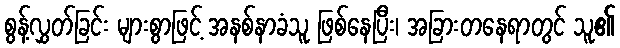
စွန့်လွှတ်ခြင်း များစွာဖြင့် အနစ်နာခံသူ ဖြစ်နေပြီး၊ အခြားတနေရာတွင် သူ၏